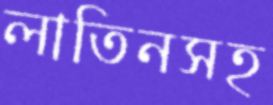
লাতিনসহ